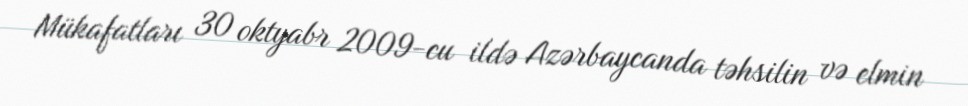
Mükafatları 30 oktyabr 2009-cu ildə Azərbaycanda təhsilin və elmin